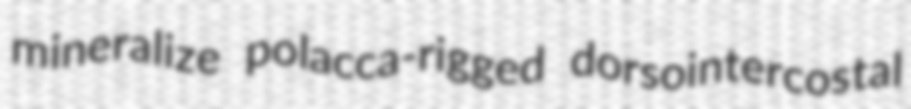
mineralize polacca-rigged dorsointercostal